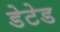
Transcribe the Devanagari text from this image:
डेटेड